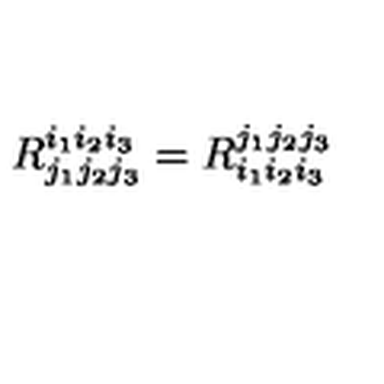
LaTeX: R _ { j _ { 1 } j _ { 2 } j _ { 3 } } ^ { i _ { 1 } i _ { 2 } i _ { 3 } } = R _ { i _ { 1 } i _ { 2 } i _ { 3 } } ^ { j _ { 1 } j _ { 2 } j _ { 3 } }